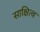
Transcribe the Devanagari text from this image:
साक्षित्व